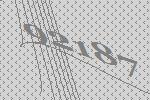
92187